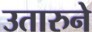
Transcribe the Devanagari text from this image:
उतारुने